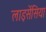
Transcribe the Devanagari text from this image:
लाइसेंसिया